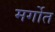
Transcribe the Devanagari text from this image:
मर्गोत